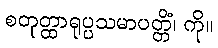
စတုတ္ထာရုပ္ပသမာပတ္တိံ၊ ကို။